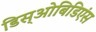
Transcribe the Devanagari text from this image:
डिस्‌ओबिडिएंस